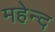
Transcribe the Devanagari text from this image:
महेन्द